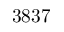
3 8 3 7